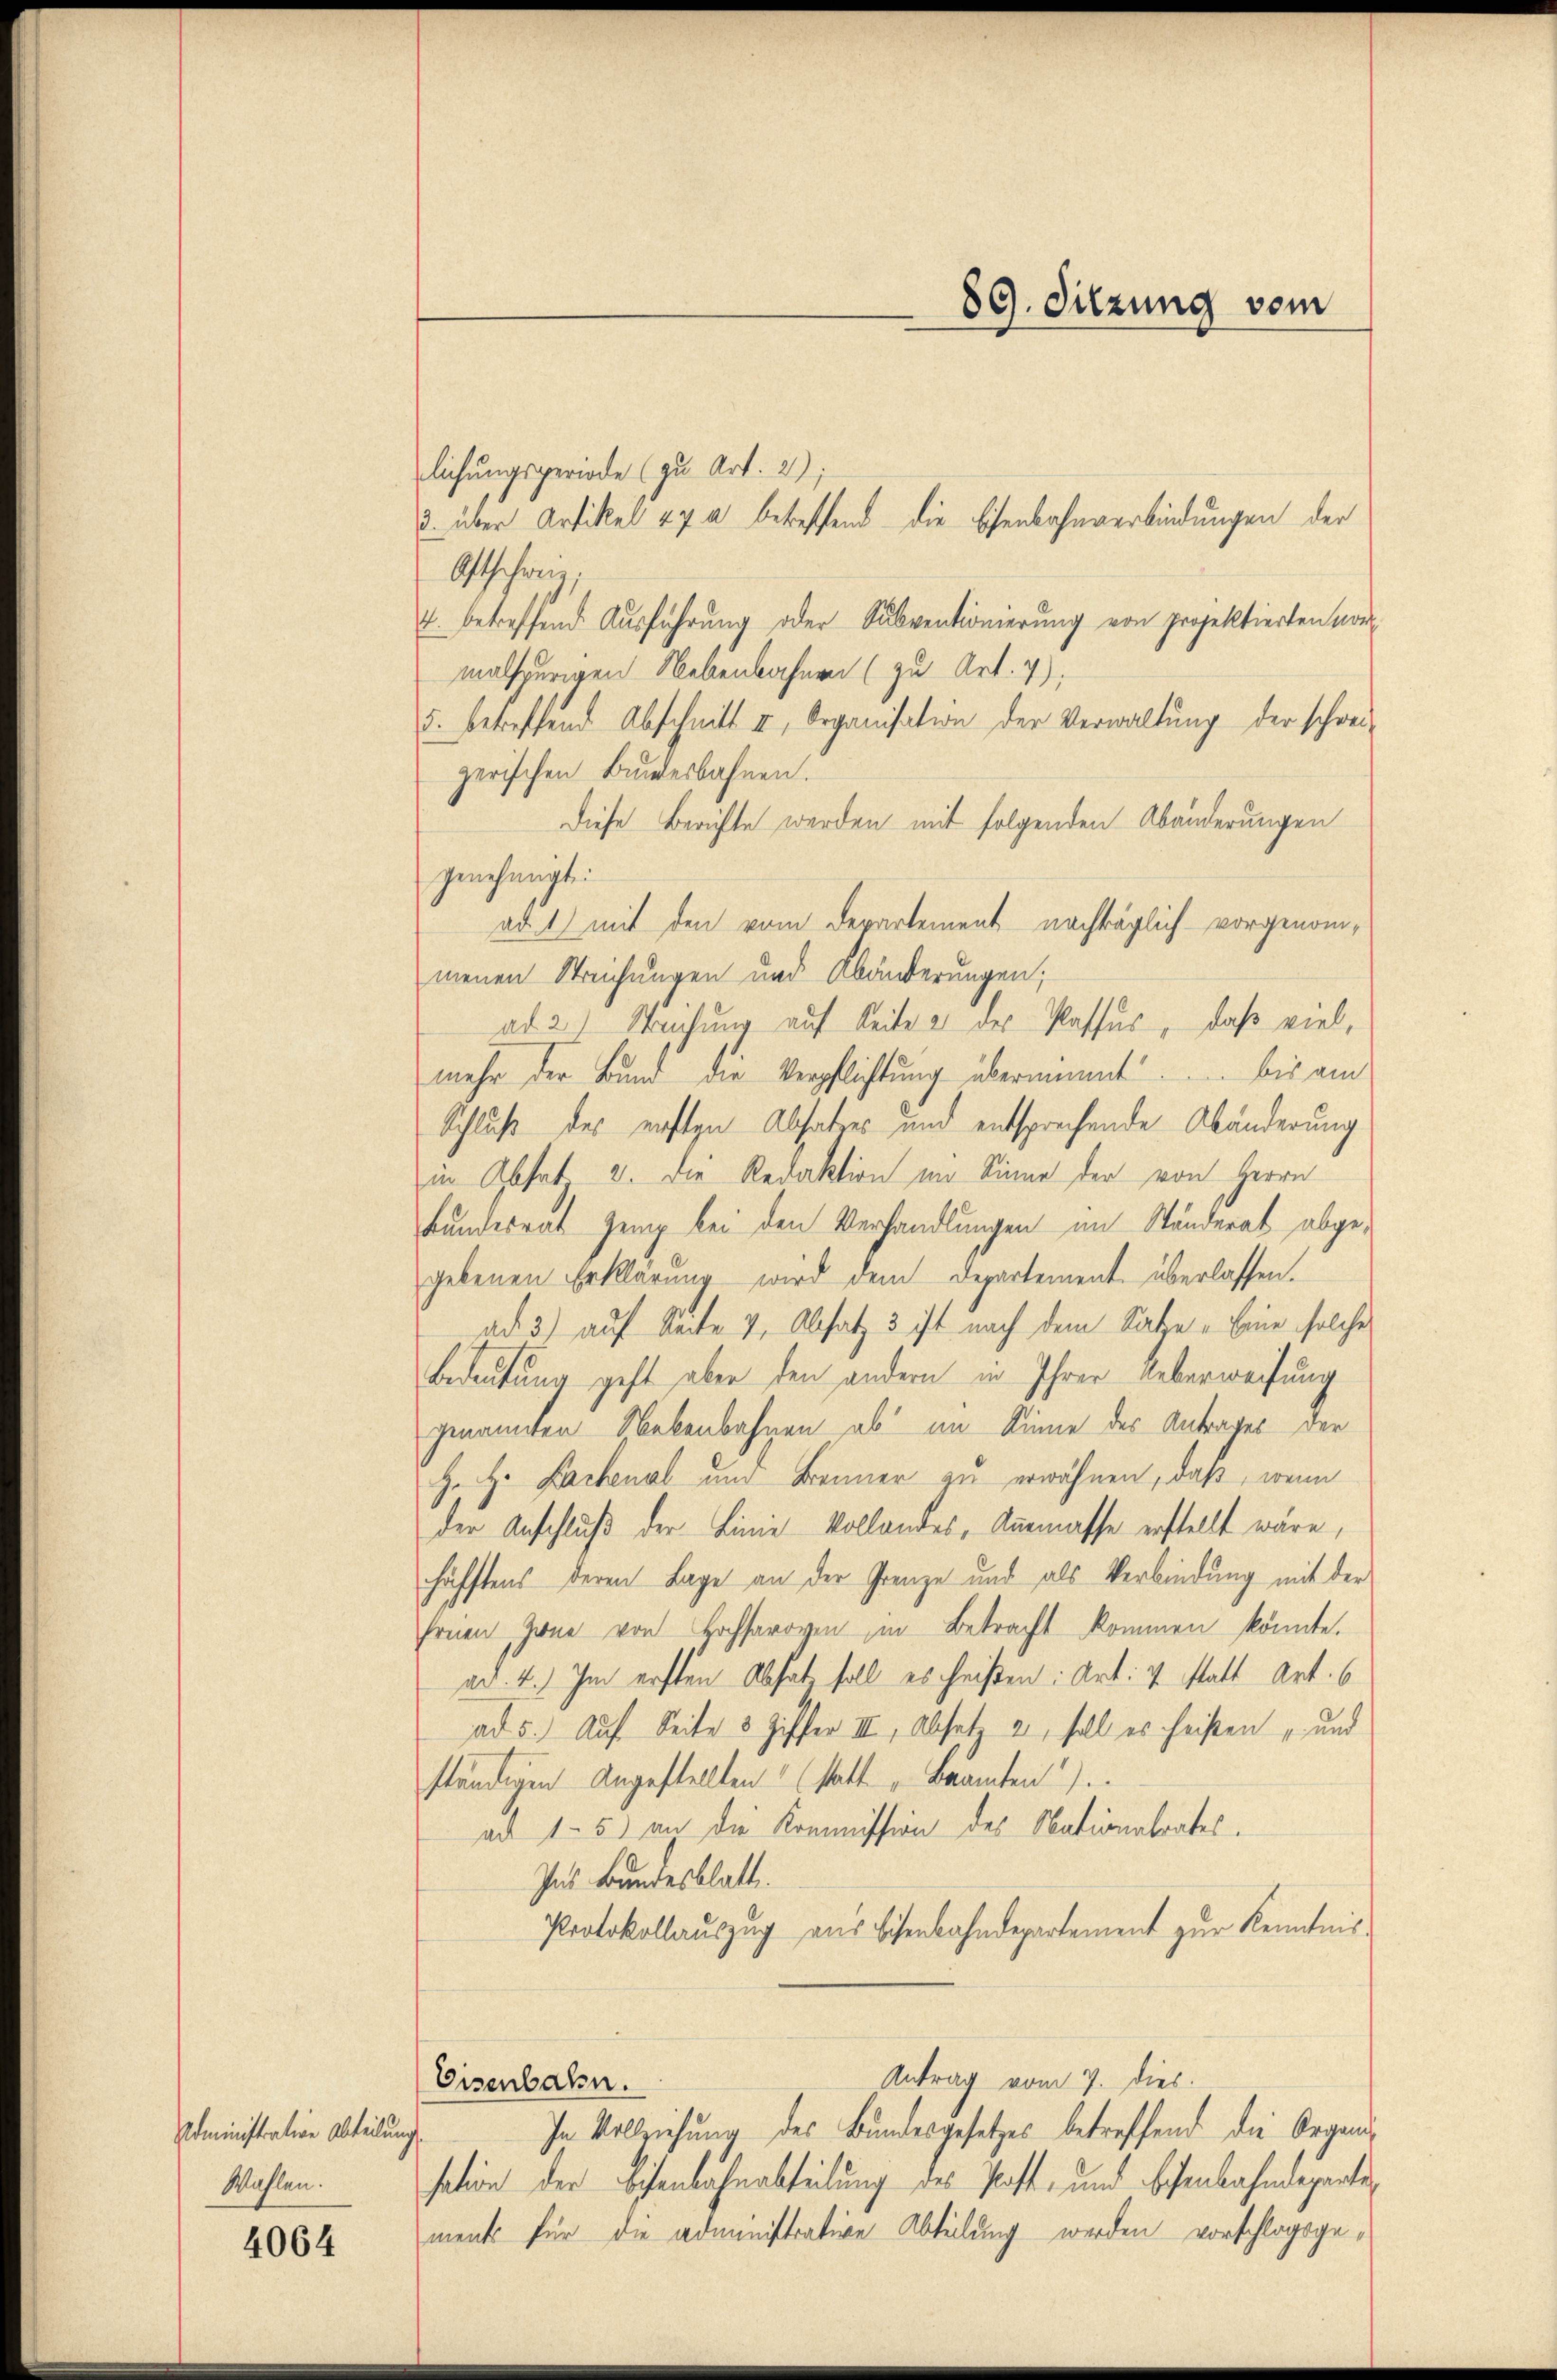
Administration Abteilung
Wahlen.

4064

lichungsperiode (zu Art. 2);
3 über Artikel 29 a betreffend die Eisenbahnverbindungen der
Ostschweiz,
4. betreffend Aŭsführŭng oder Subventionierŭng von projektierten vor-
malspurigen Nebenbahnen (zu Art. 7),
5. betreffend Abschnitt II, Organisation der Verwaltŭng der schwei-
zerischen Bundesbahnen.
Diese Berichte werden mit folgenden Abänderungen
genehmigt.
ad 1 mit den vom Departement nachträglich - vorgenommenen Streichungen und Abänderungen;
ad 2.) Waschung auf Seite an des Passus, daß viel,
mehr der Bund die Verpflichtung übernimmt. bis am
Schluß des ersten Absatzes und entsprechende Abänderung
in Absat 3. Die Redaktion im Sinne der von Herrn
Bundesrat Zeig bei den Verhandlungen im Ständerat abgegebenen Erklärung wird dem Departement überlassen.
ad 3) auf Seite v. Absatz 3 ist nach dem Satze „Eine solches
Bedeutung geht aber den andern in Ihrer Ueberweisung
genannten Nebenbahnen ab im Sinne des Antrages der
Heitze Bachenal und Benner zu erwähnen, daß, wenn
der Anschluß der Linie Vollandes, Ausmasse erstellt wäre,
häfftens deren Lage an der Grenze und als Verbindung mit der
Ernen Gener von Hochsaroyen in Betracht kommen könnte.
ad. 4.) Im ersten Abhat soll es heißen: Art: 4 statt Art. 6
ad 5. Auf Seite 3 Ziffer III, Absatz 2, soll es heißen und
ständigen Angestellten (statt „Beamten
ad 1. 5) an die Kommission des Nationalrates.
Ins Bundesblatt
Protokollauszug aus Eisenbahndepartement zur Kenntnis
Antrag vom 7. dies
Eisenbahn.
In Vollziehung des Bundesgesetzes betreffend die Organisation der Beisenbahnabteilung des Post- und Eisenbahndepartiments für die administrative Abteilung werden vorschlagsge¬

89. Sitzung vom